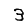
Digit: 3